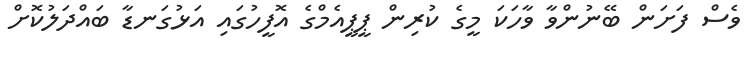
ވެސް ފަށަން ބޭނުންވާ ވާހަކަ މީގެ ކުރިން ޕީޕީއެމްގެ އޮފީހުގައި އަޅުގަނޑާ ބައްދަލުކޮށް